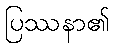
ပြဿနာ၏